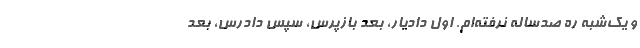
و یک‌شبه ره صدساله نرفته‌ام. اول دادیار، بعد بازپرس، سپس دادرس، بعد